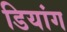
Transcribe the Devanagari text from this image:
डियांग